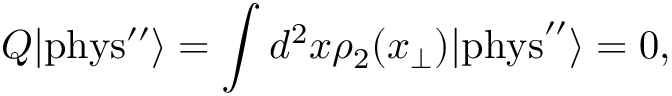
Q | \mathrm { { p h y s ^ { \prime \prime } } } \rangle = \int d ^ { 2 } x \rho _ { 2 } ( x _ { \perp } ) | { \mathrm { p h y s } ^ { \prime \prime } } \rangle = 0 ,